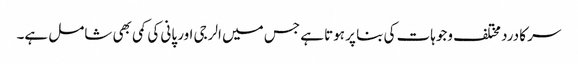
سر کا درد مختلف وجوہات کی بنا پر ہوتا ہے جس میں الرجی اور پانی کی کمی بھی شامل ہے۔